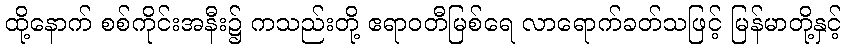
ထို့နောက် စစ်ကိုင်းအနီး၌ ကသည်းတို့ ဧရာဝတီမြစ်ရေ လာရောက်ခတ်သဖြင့် မြန်မာတို့နှင့်